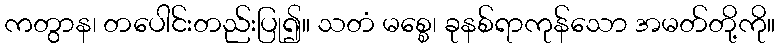
ကတွာန၊ တပေါင်းတည်းပြု၍။ သတံ မစ္စေ၊ ခုနစ်ရာကုန်သော အမတ်တို့ကို။